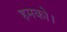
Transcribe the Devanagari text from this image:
हमको।